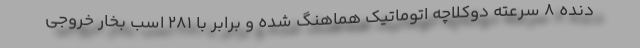
دنده 8 سرعته دوکلاچه اتوماتیک هماهنگ شده و برابر با 281 اسب بخار خروجی